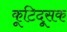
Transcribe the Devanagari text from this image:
कूटिदूसक